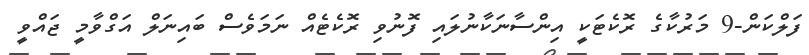
ފަލްކަން-9 މަރުކާގެ ރޮކެޓަކީ އިންސާނަކާނުލައި ފޮނުވި ރޮކެޓެއް ނަމަވެސް ބައިނަލް އަގްވާމީ ޖައްވީ